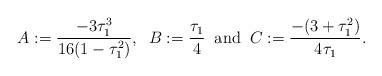
LaTeX: \begin{align*}A:=\frac{-3\tau^3_{1}}{16(1-\tau^2_{1})}, \;\; B:=\frac{\tau_{1}}{4}\;\; \mbox{and}\;\; C:=\frac{-(3+\tau^2_{1})}{4\tau_{1}}.\end{align*}